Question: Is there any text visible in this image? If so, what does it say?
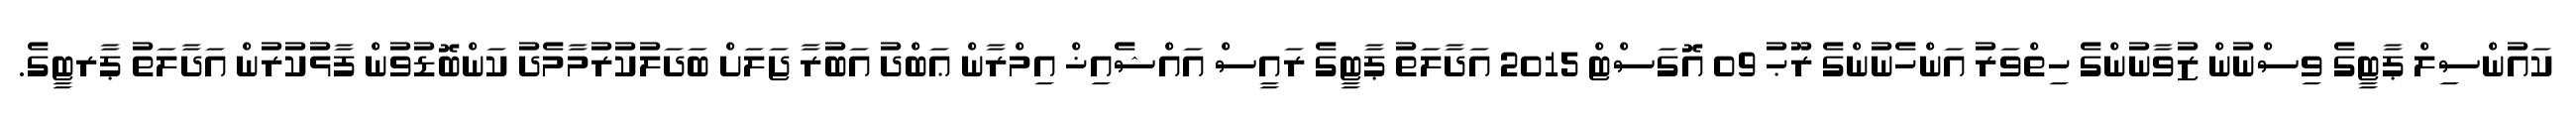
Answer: ކައުންސިލް ޕާޓީގެ ވިސްނުން ޒުވާނުންގެ ހިތްވަރު އަންހެނުންގެ ރޫޙު 09 އޮގަސްޓް 2015 އަދާލަތު ޕާޓީގެ ރައީސް އައްޝެއިޚް އިމްރާން ޢަބްދު އަބުރާ ޖަލަށް ބަދަލުކުރުމާމެދު ކަންބޮޑުވުން ފާޅުކުރުން އަދާލަތު ޕާރޓީގެ.